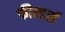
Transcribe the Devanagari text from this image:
फील्डर्स